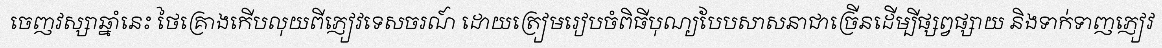
ចេញវស្សាឆ្នាំនេះ ថៃគ្រោងកើបលុយពីភ្ញៀវទេសចរណ៍ ដោយត្រៀមរៀបចំពិធីបុណ្យបែបសាសនាជាច្រើនដើម្បីផ្សព្វផ្សាយ និងទាក់ទាញភ្ញៀវ